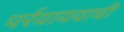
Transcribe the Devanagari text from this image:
पर्रयायवाची